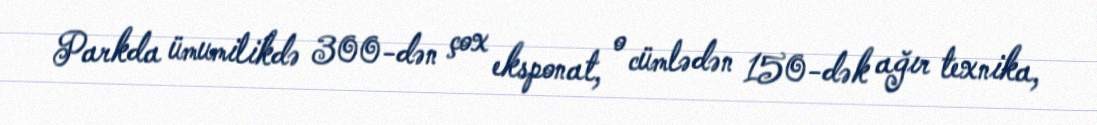
Parkda ümumilikdə 300-dən çox eksponat, o cümlədən 150-dək ağır texnika,